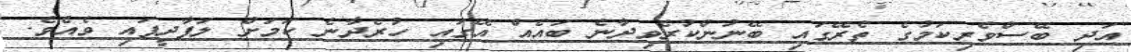
އަދި ބޭސްވެރިކަމުގެ ތެރޭގައި ބޭނުންކުރެވިދާނެ ބައެއް އޭގައި ހުރެދާނެ ކަމަށް ލަފާދީފައި ވެއެވެ.